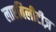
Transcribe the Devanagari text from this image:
लाएबिलीटीज़